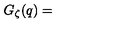
G _ { \zeta } ( q ) =